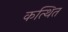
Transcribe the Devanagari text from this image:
कत्थित